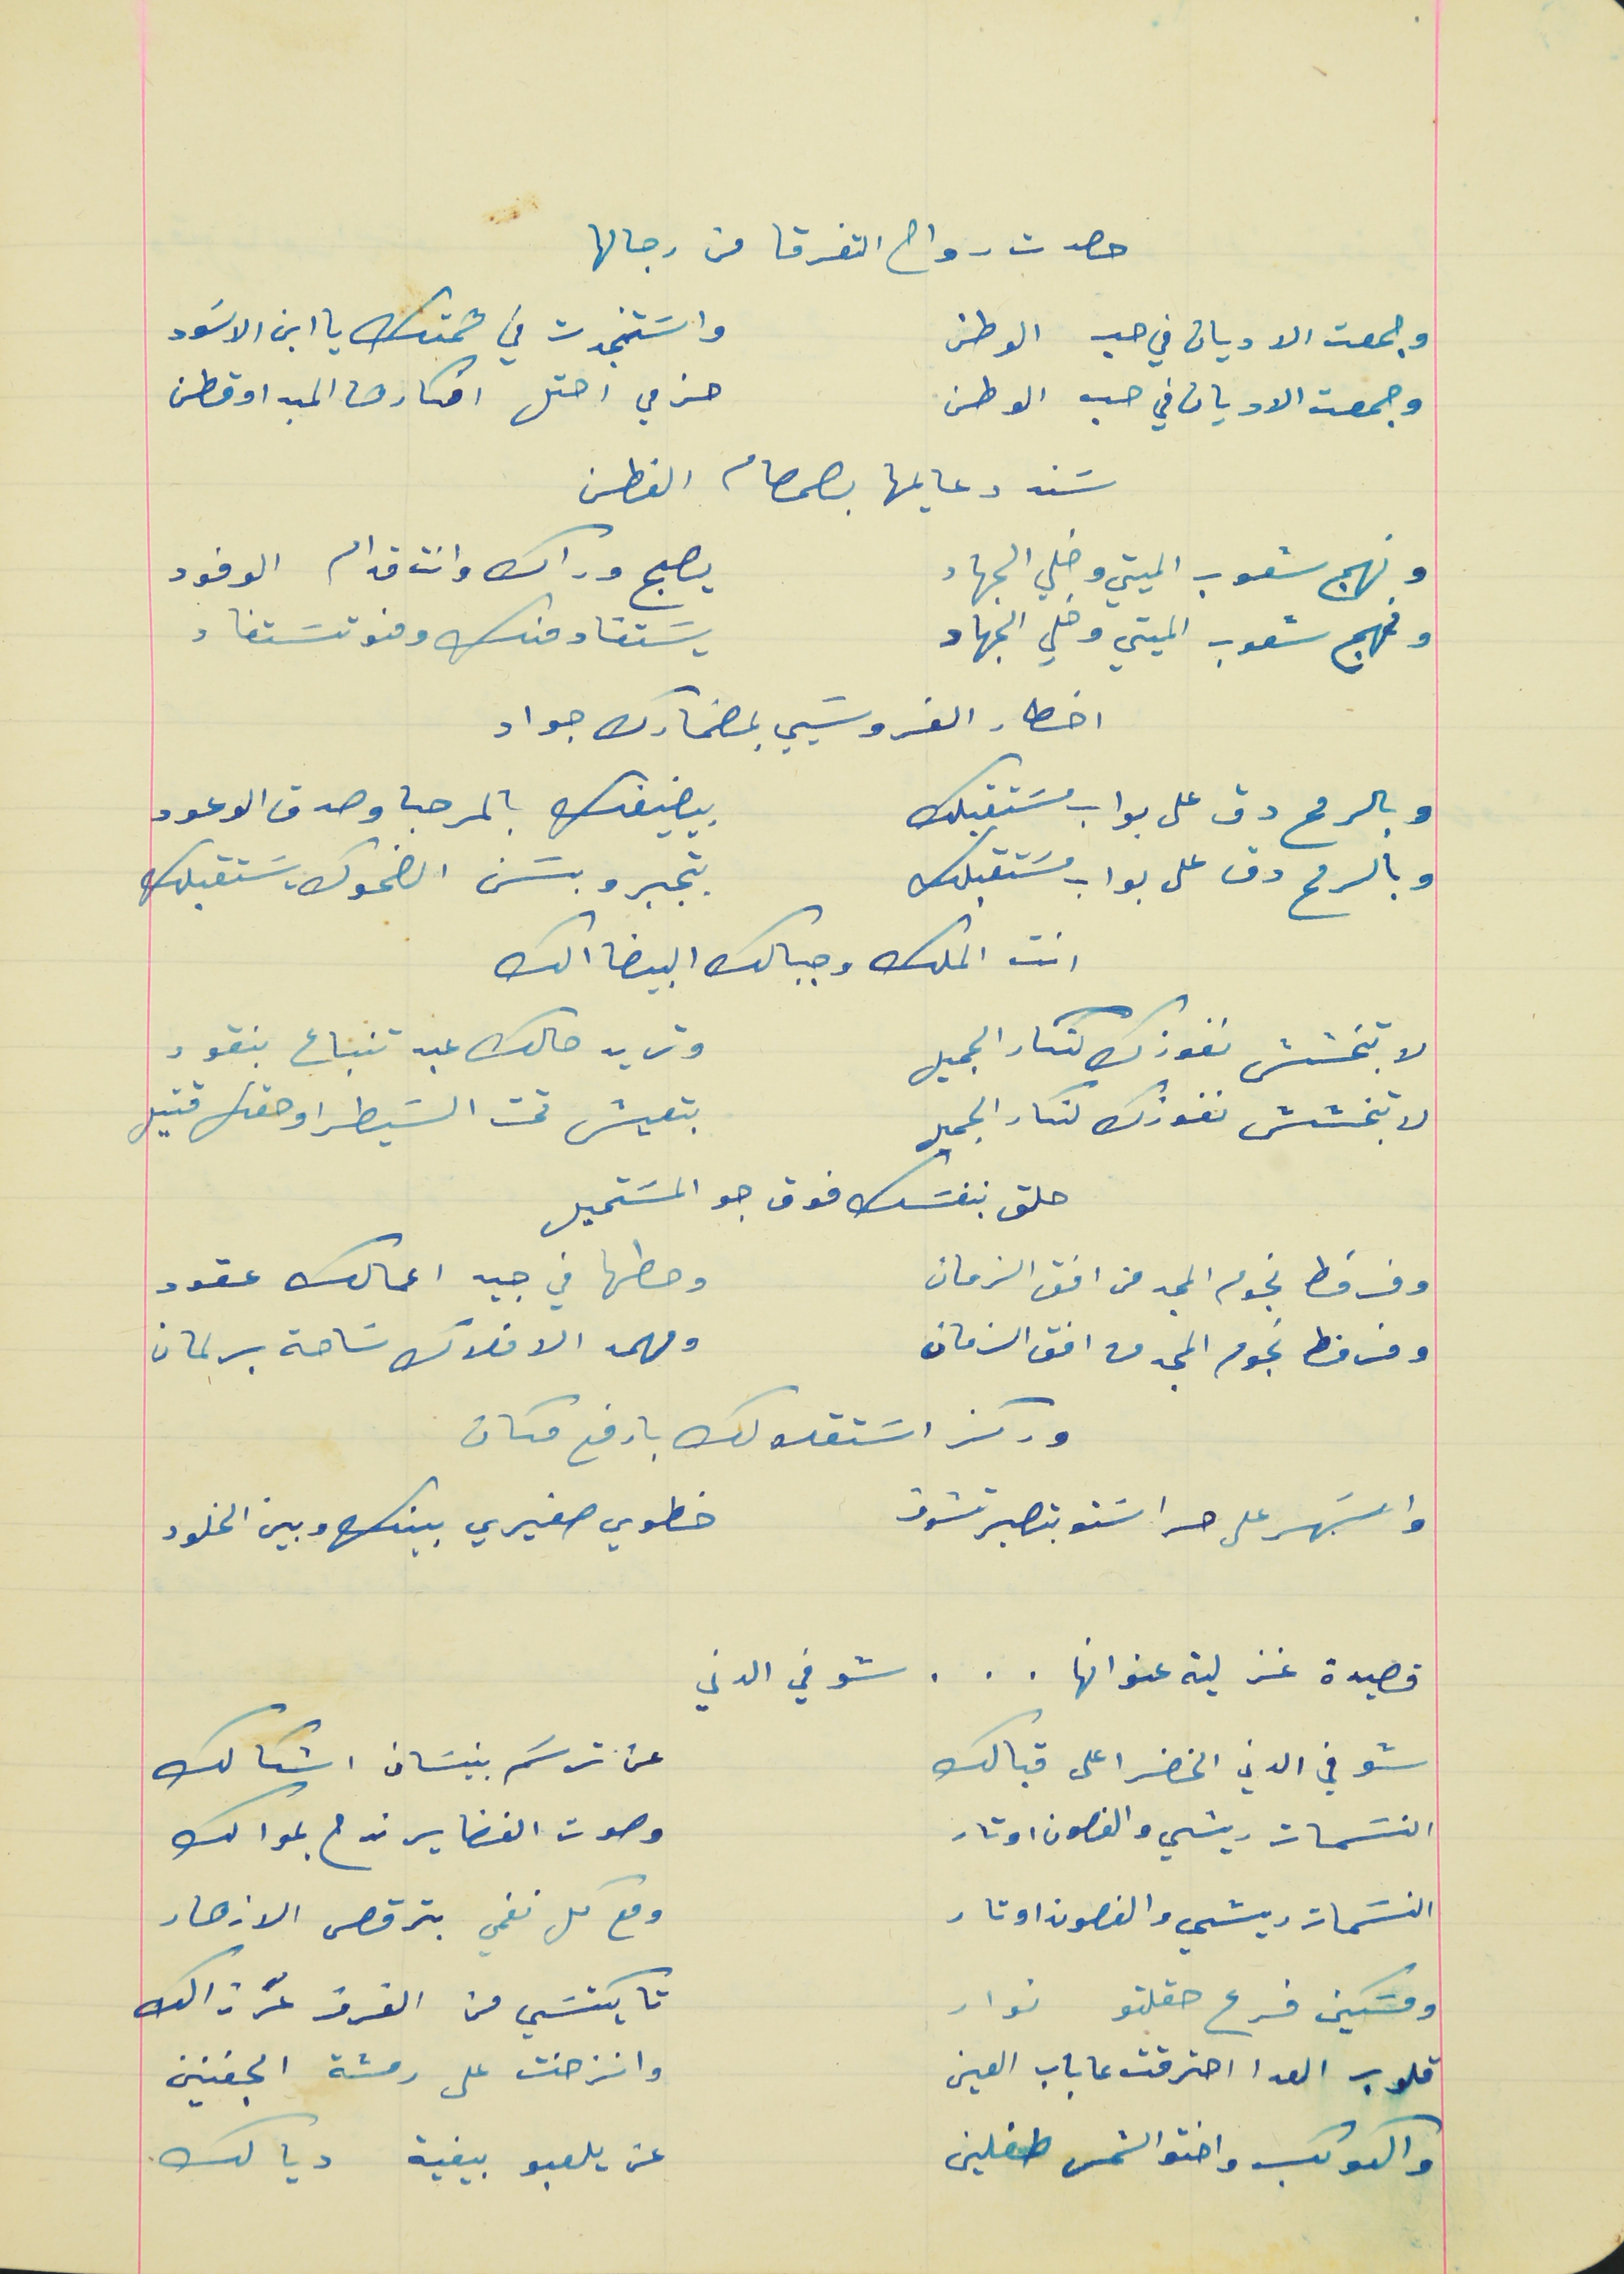
حصدت رواح التفرقا من رجالها
وجمعت الاديان في حب الوطن                                واسَتنجدت في همتك يا ابن الاسَود
 وجمعة الاديان في حب الوطن                                حزمي احتل افكارها المبدا وقطن
سَند دعايمها بصمام الفطن
ونهج شعوب الميتي وخلي الجهاد                             يصبح وراك وانت قدام الوفود
ونهج شعوب الميتي وخلي الجهاد                                يسَتفاد منك ومنو تسَتفاد
 اخطار الفروسَيي بمضمارك جواد
وبالرمح دق على بواب مسَتقبلك                                بيضيفك بالمرحبا وصدق الوعود
وبالرمح دق على بواب مسَتقبلك                                 بتجبرو بسَن الضحوك يسَتقبلك
انت الملك وجبالك البيضا الك
لا تبخشش نفوذك لنكار الجميل                                  وتريد حالك عبد تنباع بنقود
لا تبخشش نفوذك لنكار الجميل                                    بتعيش تحت السَيطرا وحقك قتيل
حلق بنفسَك فوق جو المسَتحيل
وفرفط نجوم المجد من افق الزمان                                وحطها في جيد اعمالك عقود
وفرفط نجوم المجد من افق الزمان                                 ومهمد الافلاك سَاحة برلمان
وركز اسَتقلالك بارفع مكان
والسَهر على حراسَتو بتصير تشوف                              خطوي صغيري بينك وبين الخلود
قصيدة غز لية عنوانها . . . شوفي الدني
شوفي الدني الخضرا على قبالك                                عن ترسَم بنيسَان اشكالك
النسَمات ريشي والغصون اوتار                                 وصوت الفضا يرندح بموالك
النسَمات ريشي والغصون اوتار                                 ومع كل نغمي بترقص الازهار
ومسَكين فرع حقلتو نوار                                             تا يكتسَي من الغرز عرزالك
 قلوب العدا احترقت عا باب العين                               وانزخت على رمشة الجفنين
والكوكب واختو الشمس طفلين                                 عن يلعبو بيفية ديالك